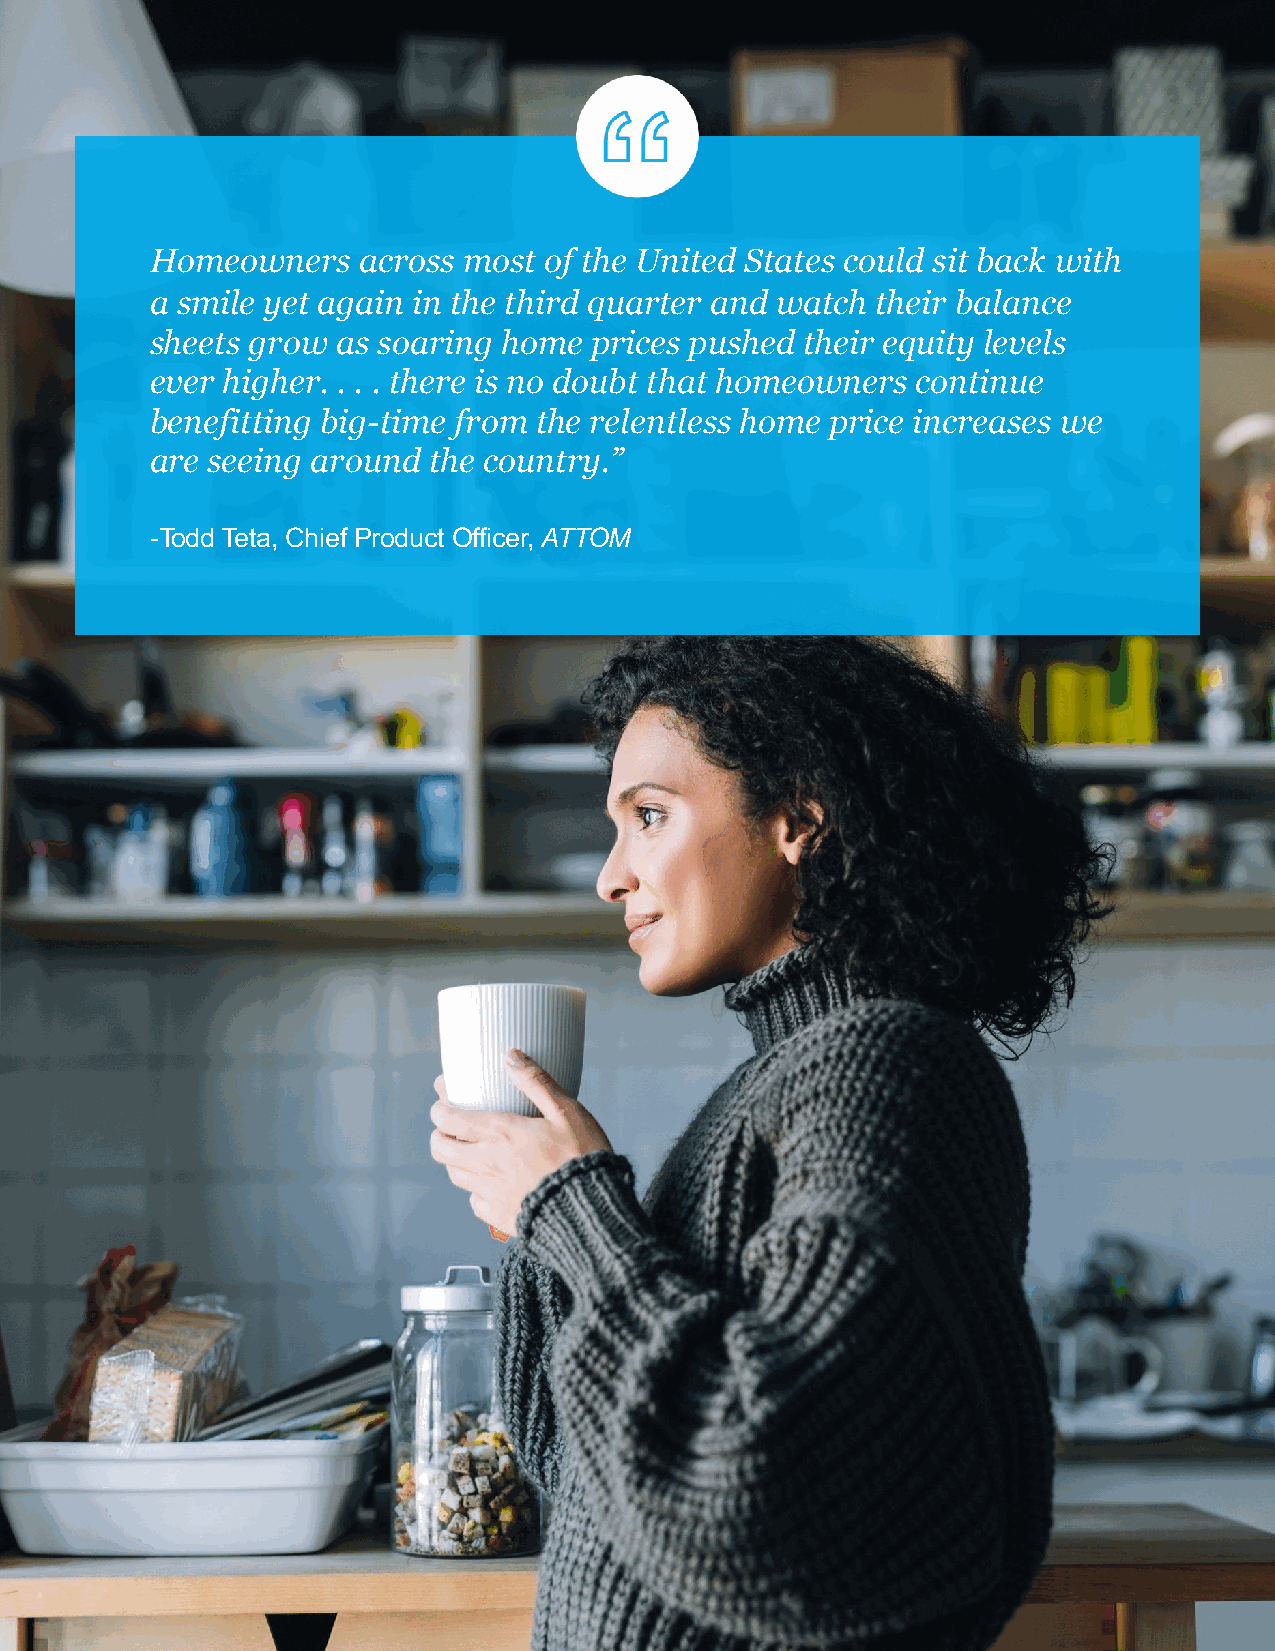
Homeowners    across most of the United States could sit back with
 a smile yet again in the third quarter and watch their balance
 sheets grow as soaring home  prices pushed their equity levels
 ever higher. . . . there is no doubt that homeowners continue
 benefitting big-time from the relentless home price increases we
 are seeing around the country.”
 -Todd Teta, Chief Product Officer, ATTOM